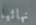
نهائيا